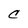
Character: C